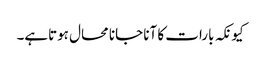
کیونکہ بارات کا آنا جانا محال ہوتاہے۔